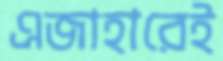
এজাহারেই